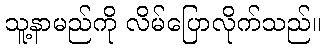
သူ့နာမည်ကို လိမ်ပြောလိုက်သည်။